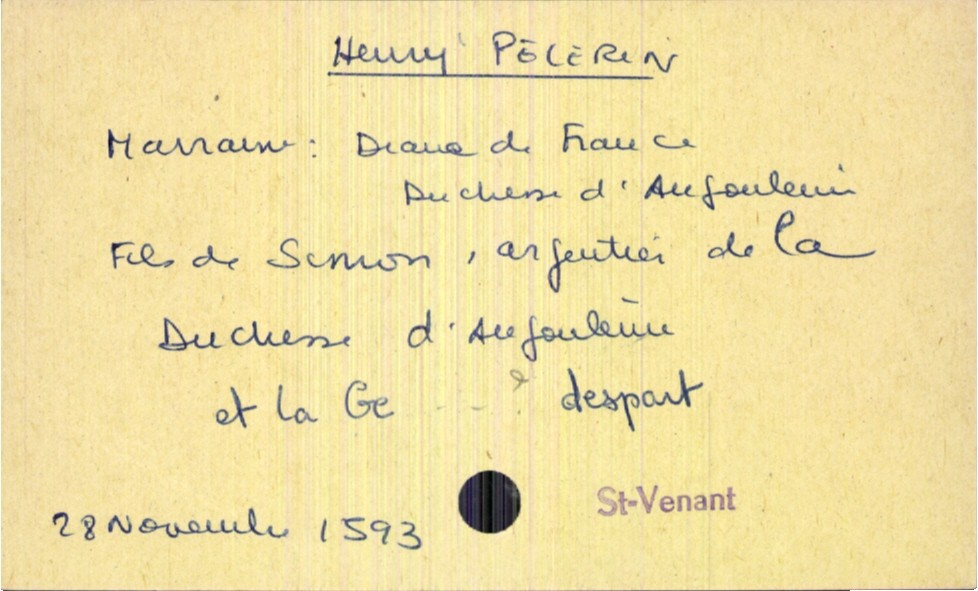
type_acte: Baptême
filiation: fils
enfant_prénom: Henri
enfant_date_de_naissance: 28 novembre 1593
enfant_lieu_de_naissance: Saint-Venant
père_enfant_nom: Pelerin
père_enfant_prénom: Simon
père_enfant_profession: argentier de la duchesse d'Angoulême